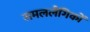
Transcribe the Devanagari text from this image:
समललैंगिकों